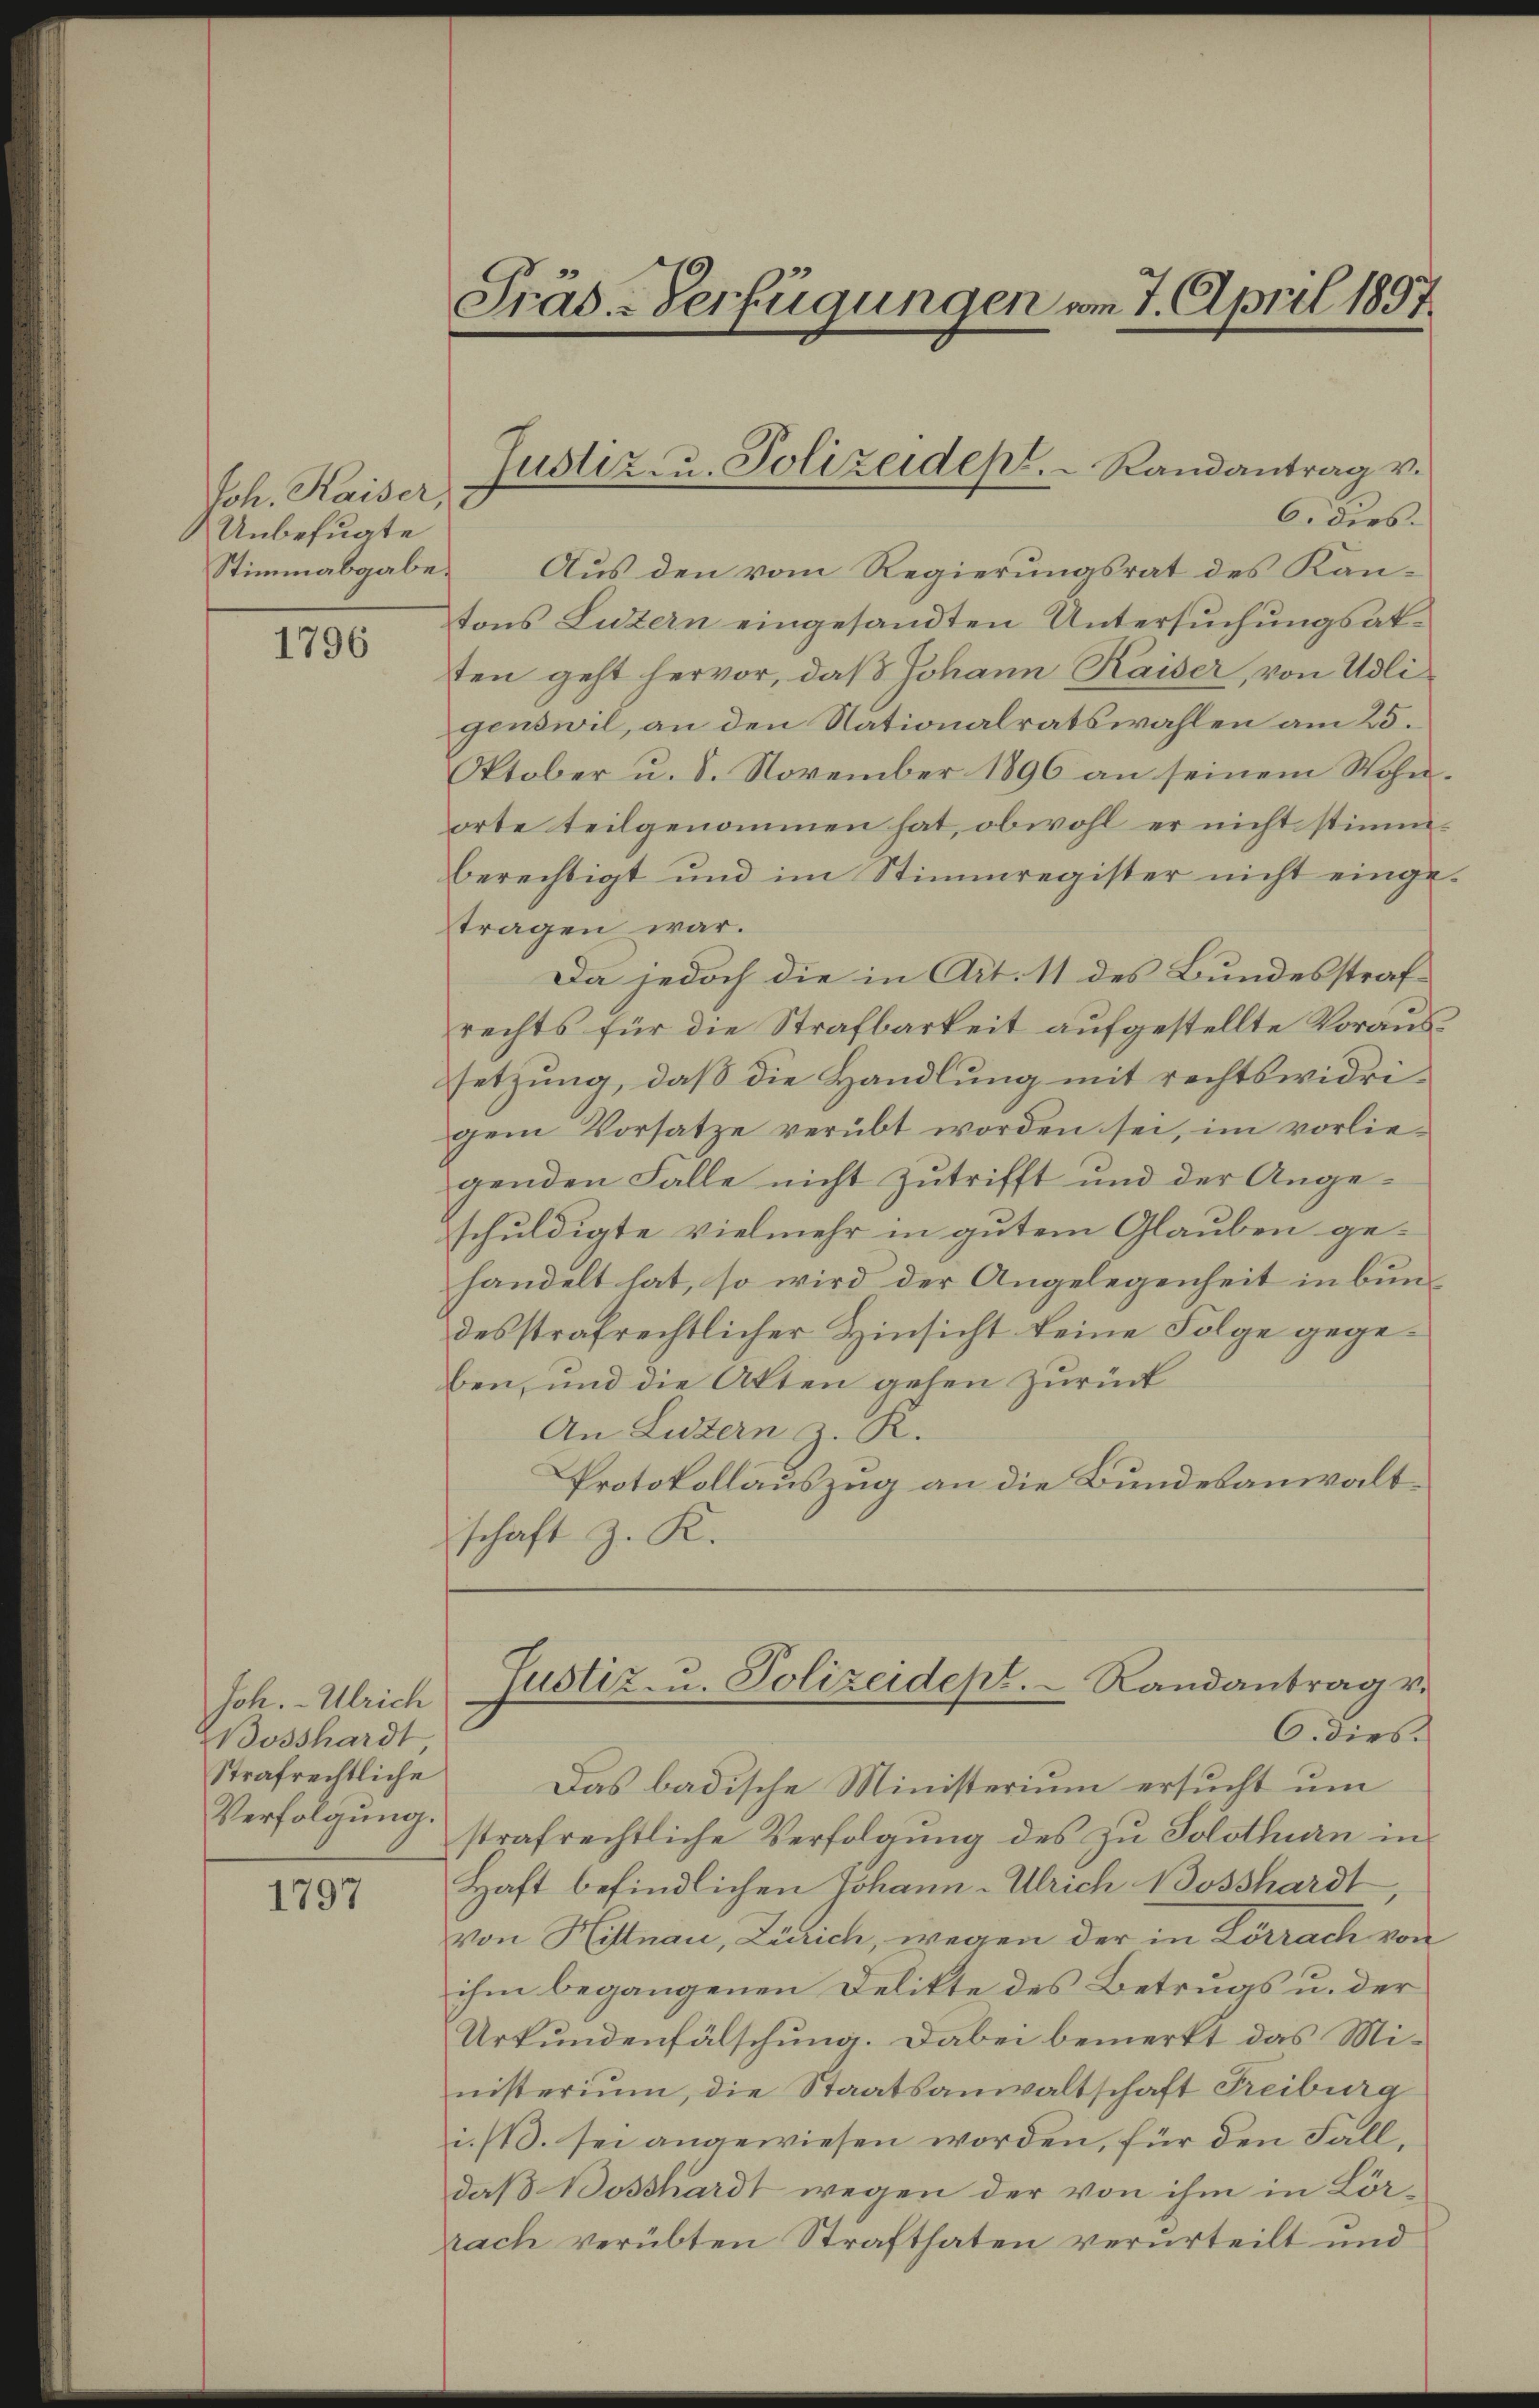
Joh. Kaiser,
Unbefugte
Stimmabgabe.

1796

Joh. Ulrich
Bosshardt
Strafrechtliche
Verfolgung

1797

Präs-Verfügungen am 7. April 1897.

6. dies.
Aus den vom Regierungsrat des Kantons Luzern eingesandten Untersuchungsaksten geht hervor, daß Johann Kaiser, von Adligenswil, an den Nationalratswahlen am 25.
Oktober u. 8. November 1896 an seinem Wohnorte teilgenommen hat, obwohl er nicht stimmberechtigt und im Stimmregister nicht eingetragen war.
Da jedoch die in Art. 11 des Bundesstrafrechts für die Strafbarkeit aufgestellte Voraussetzung, daß die Handlung mit rechtswidrigem Vorsatze verübt worden sei, im vorliegenden Falle nicht Zutrifft und der Angeschuldigte vielmehr in gutem Glauben gehandelt hat, so wird der Angelegenheit in bundesstrafrechtlicher Hinsicht keine Folge gegeben, und die Akten gehen zurück
An Luzern z. R.
Protokollauszug an die Bundesanwaltschaft z. K.
Justiz- u. Polizeidept. Randantrag v.
C. dies
Das badische Ministerium ersucht um
strafrechtliche Verfolgung des zu Solothurn in
Haft befindlichen Johann Ulrich Bosshardt,
von Hittnau, Zürich, wegen der in Lörrach von
ihm begangenen Delikte des Betrugs u. der
Urkundenfälschung. Dabei bemerkt das Ministerium, die Staatsanwaltschaft Freiburg
i./B. sei angewiesen worden, für den Fall,
daß Boßhardt wegen der von ihm in Lörrach verübten Strafthaten verurteilt und

Justiz- u. Polizeidept. Randantrag v.